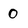
Character: 0